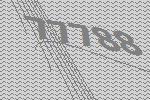
77788